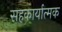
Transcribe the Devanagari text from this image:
सहकार्यात्मक